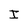
Character: I